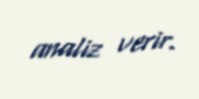
analiz verir.